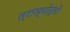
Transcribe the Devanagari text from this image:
त्रास्पोर्तो